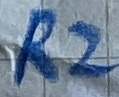
Text: R2